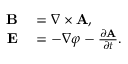
\begin{array} { r l } { \mathbf { B } } & { { } = \nabla \times \mathbf { A } , } \\ { \mathbf { E } } & { { } = - \nabla \varphi - { \frac { \partial \mathbf { A } } { \partial t } } . } \end{array}